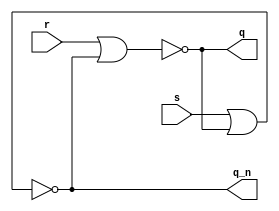
// This program was cloned from: https://github.com/RomeoMe5/DDLM
// License: MIT License

module sr_latch
(
    input   s,
    input   r,
    output  q,
    output  q_n
);
    assign q   = ~ ( r | q_n );
    assign q_n = ~ ( s | q   );

endmodule